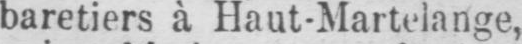
baretiers à Haut-Martelange,